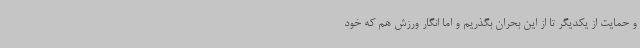
و حمایت از یکدیگر تا از این بحران بگذریم و اما انگار ورزش هم که خود